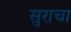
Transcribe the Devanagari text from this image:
सुराचा